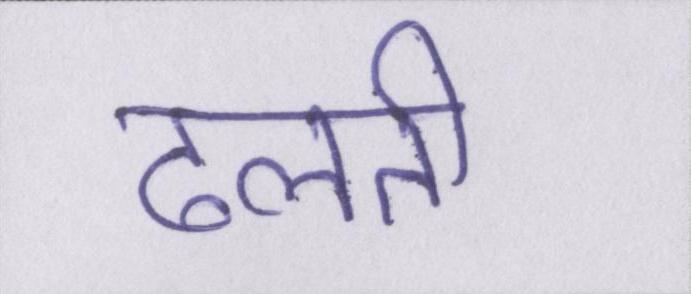
ढलती